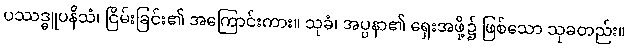
ပဿဒ္ဓူပနိသံ၊ ငြိမ်းခြင်း၏ အကြောင်းကား။ သုခံ၊ အပ္ပနာ၏ ရှေးအဖို့၌ ဖြစ်သော သုခတည်း။